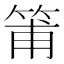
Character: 𥮉